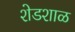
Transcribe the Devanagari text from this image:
शेडशाळ